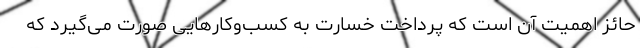
حائز اهمیت آن است که پرداخت خسارت به کسب‌وکارهایی صورت می‌گیرد که